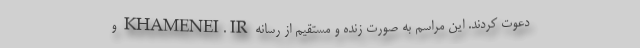
دعوت کردند. این مراسم به صورت زنده و مستقیم از رسانه KHAMENEI.IR و